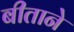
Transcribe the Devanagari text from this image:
बीताने